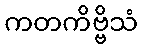
ကတကိဗ္ဗိသံ